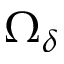
\Omega _ { \delta }